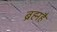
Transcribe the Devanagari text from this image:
ब्रह्महै